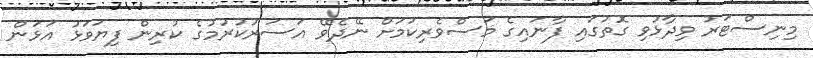
މިނިސްޓަރު ވިދާޅުވި ގޮތުގައި ފާނައިގެ މަސްވެރިކަމަށް ނޭދެވޭ އަސަރުކުރުމުގެ ކުރިން ފިޔަވަޅު އަޅަން